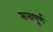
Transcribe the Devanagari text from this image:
सत्तापूर्ण